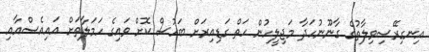
އިނގިރޭސިވިލާތުގެ ގާނޫނުހަދާ މަޖިލީހުން ހަތް ގަޑިއިރަށް ބަހުސް ކޮށް ވައިގެ ހަމަލާތަށް އައިއެސްއާއި